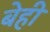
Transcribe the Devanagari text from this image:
बेही